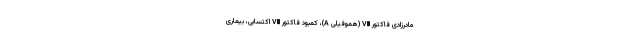
مادرزادی فاکتور VIII (هموفیلی A)، کمبود فاکتور VIII اکتسابی، بیماری